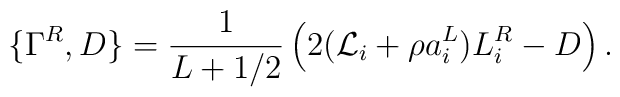
\{\Gamma^R,D \}= \frac{1}{L+1/2} \left(2({\cal L}_i+\rho a_i^L)L_i^R - D\right).